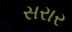
સરાર